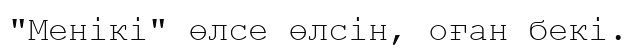
"Менікі" өлсе өлсін, оған бекі.